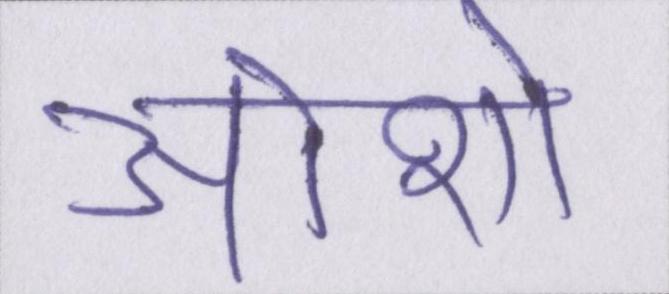
ओशो